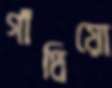
গাঁথিয়ো